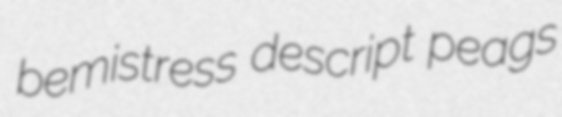
bemistress descript peags